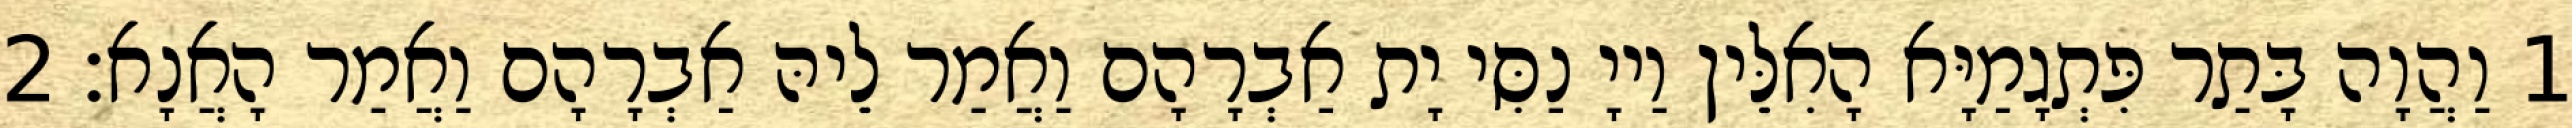
1 וַהֲוָה בָּתַר פִּתְגָמַיָּא הָאִלֵּין וַייָ נַסִּי יָת אַבְרָהָם וַאֲמַר לֵיהּ אַבְרָהָם וַאֲמַר הָאֲנָא׃ 2